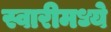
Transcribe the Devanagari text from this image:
स्वारीमध्ये